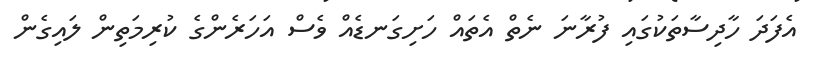
އެފަދަ ހާދިސާތަކުގައި ފުރާނަ ނެތް އެތައް ހަށިގަނޑެއް ވެސް އަހަރެންގެ ކުރިމަތިން ލައިގެން